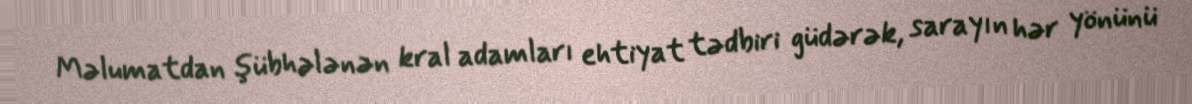
Məlumatdan şübhələnən kral adamları ehtiyat tədbiri güdərək, sarayın hər yönünü